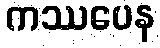
ကဿပေန